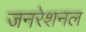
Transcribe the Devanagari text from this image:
जनरेशनल